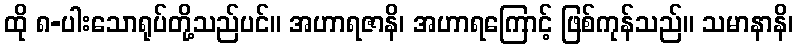
ထို ၈-ပါးသောရုပ်တို့သည်ပင်။ အဟာရဇာနိ၊ အဟာရကြောင့် ဖြစ်ကုန်သည်။ သမာနာနိ၊